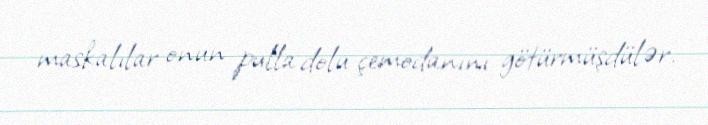
maskalılar onun pulla dolu çemodanını götürmüşdülər.